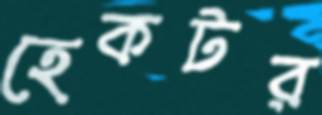
হেকটর